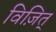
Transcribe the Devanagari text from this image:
विज़ित्